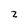
Character: z